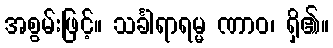
အစွမ်းဖြင့်။ သင်္ခါရာရမ္မ ဏာဝ၊ ရှိ၏။